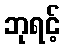
ဘုရင့်